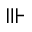
\Vvdash